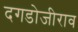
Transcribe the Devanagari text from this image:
दगडोजीराव